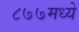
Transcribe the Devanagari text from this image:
८७७मध्ये